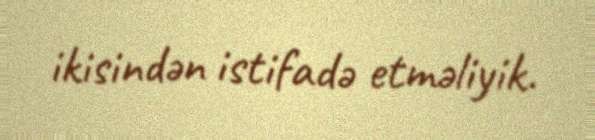
ikisindən istifadə etməliyik.